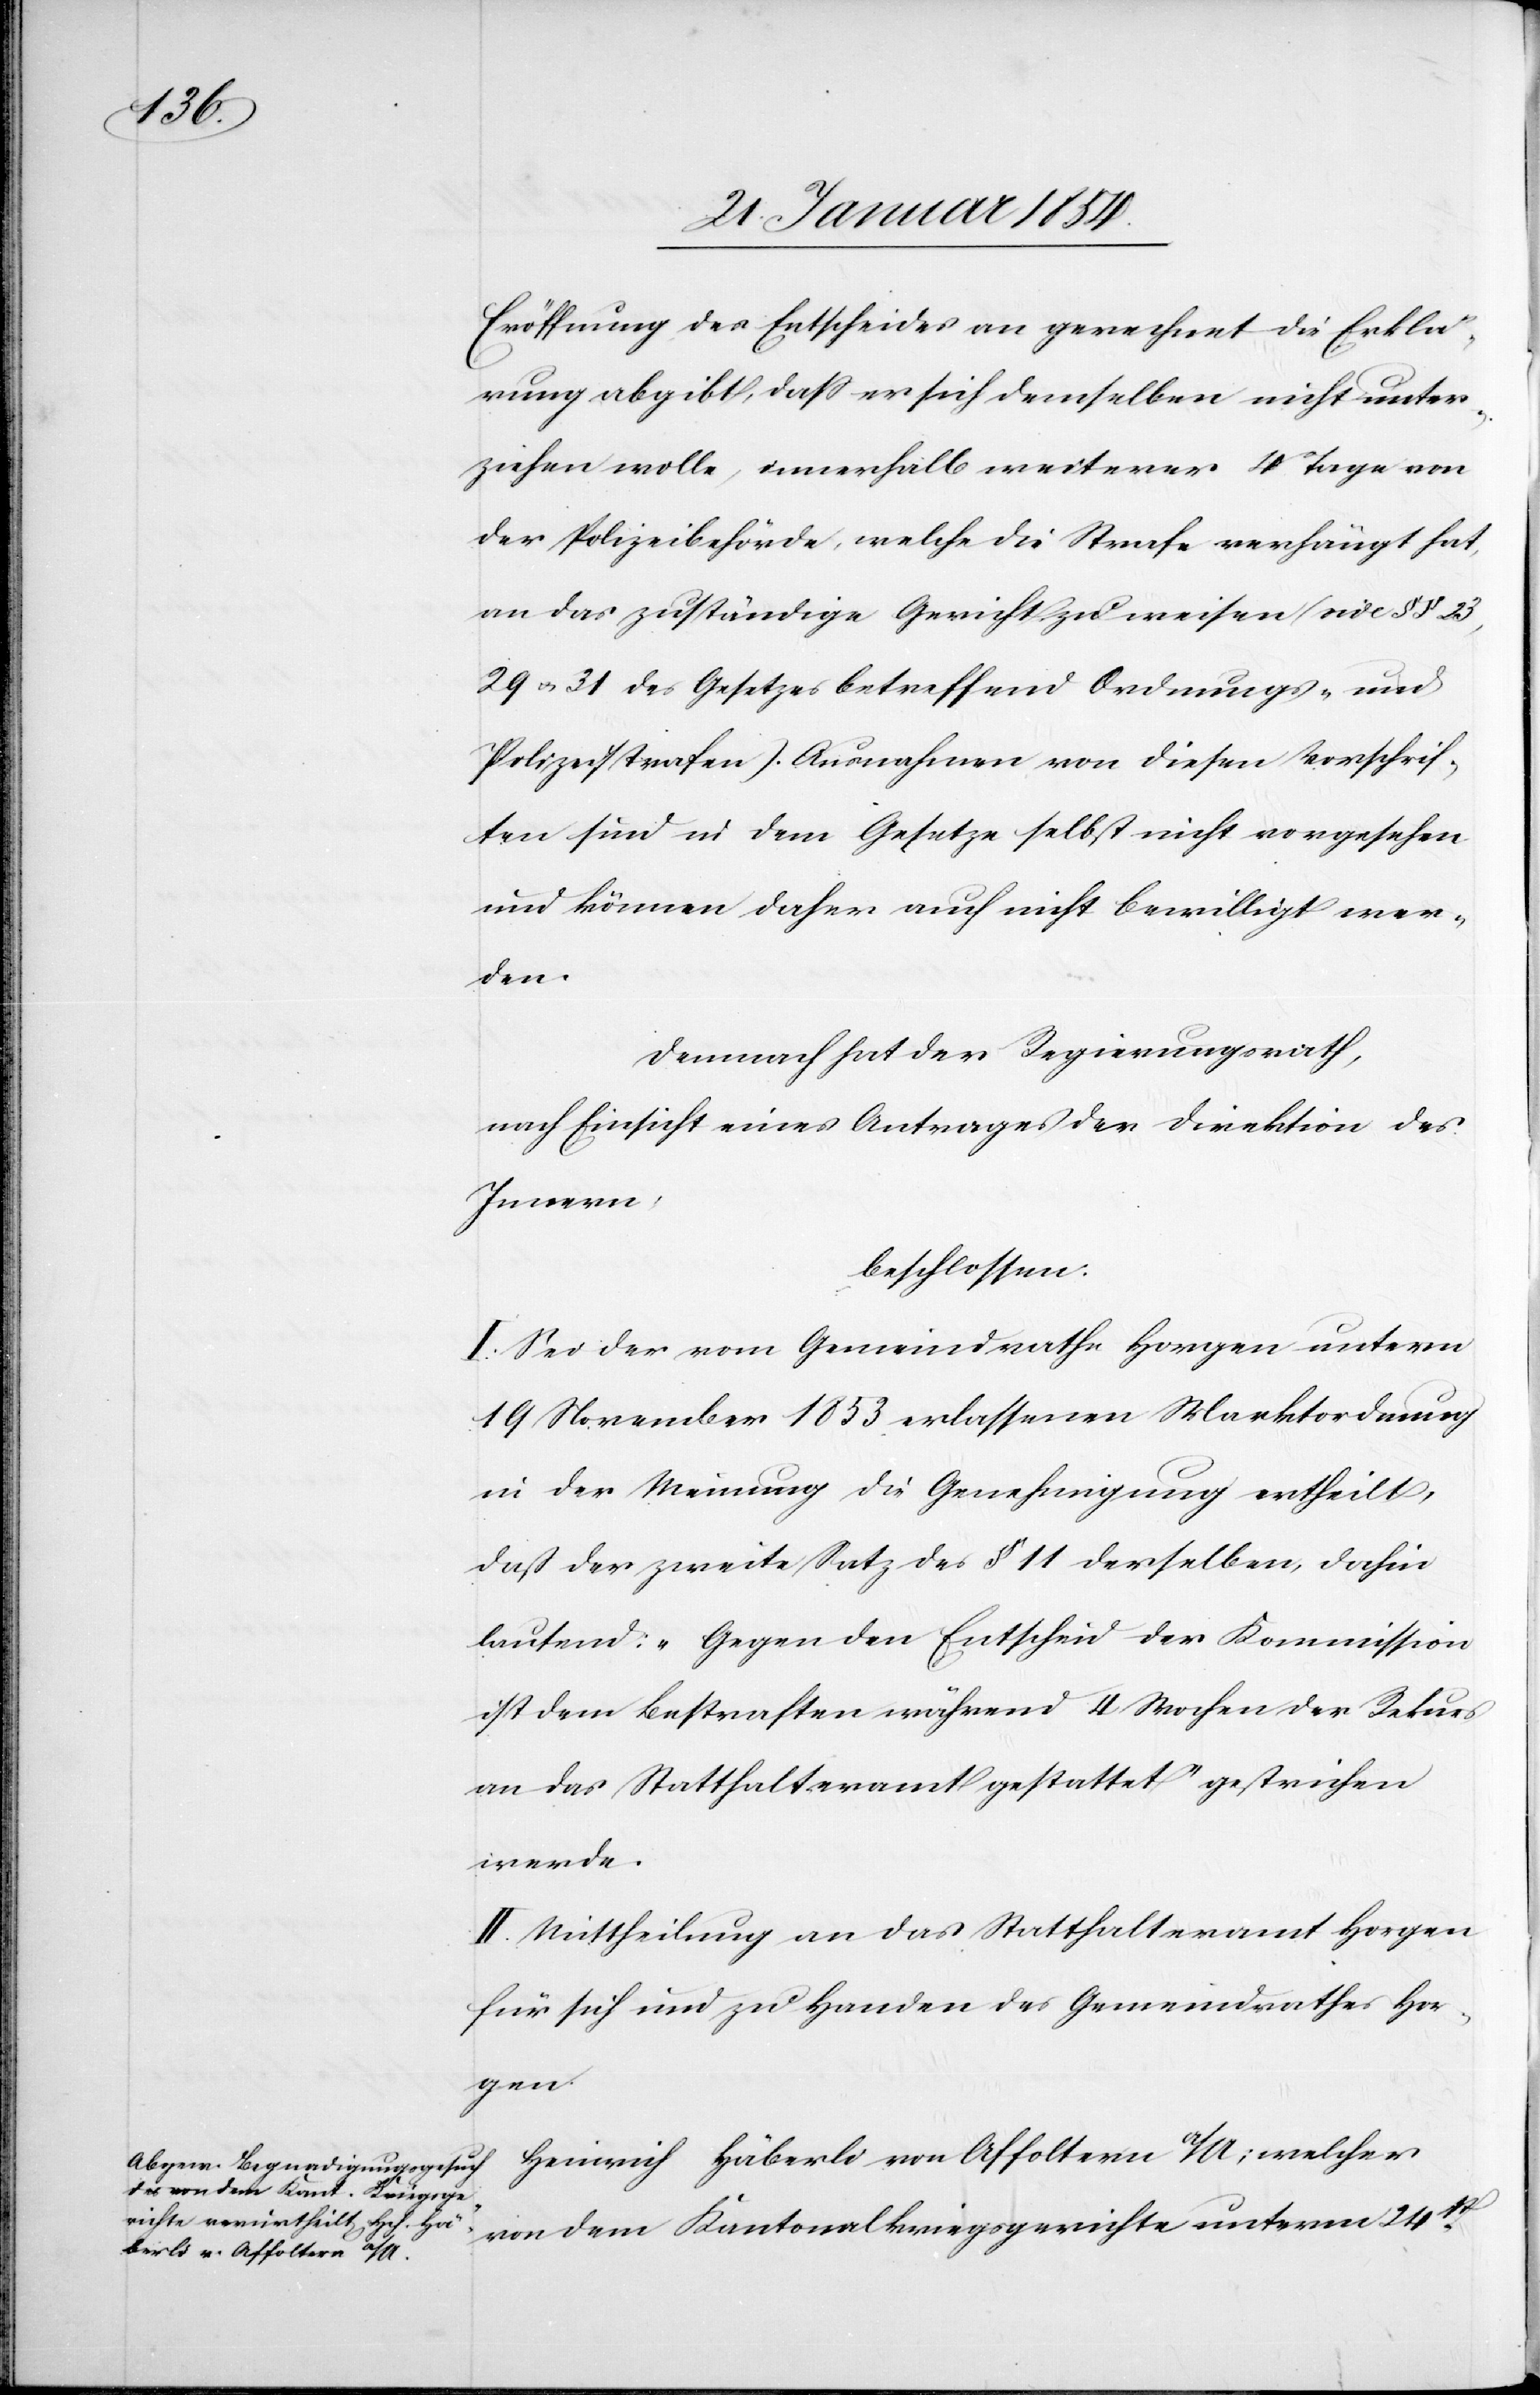
Erklä¬

rung abgibt, daß er sich demselben nicht unter¬
ziehen wolle, innerhalb weiterer 4 Tagen von
der Polizeibehörde, welche die Strafe verhängt hat,
an das zuständige Gericht zu weisen (vide § § 23,
29 u. 31 des Gesetzes betreffend Ordnungs- und
Polizeistrafen). Ausnahmen von diesen Vorschrif¬
ten sind in dem Gesetze selbst nicht vorgesehen
und können daher auch nicht bewilligt wer¬
den.
Demnach hat der Regierungsrath,
nach Einsicht eines Antrages der Direktion des
Innern,
beschlossen:
I. Sei der vom Gemeindrathe Horgen unterm
19 Hornung 1853 erlassenen Marktordnung
in der Meinung die Genehmigung ertheilt,
daß der zweite Satz des 11 derselben, dahin
lautend: „Gegen den Entscheid der Kommission
ist dem Bestraften während 4 Wochen der Rekurs
an das Statthalteramt gestattet“ gestrichen
werde.
II. Mittheilung an das Statthalteramt Horgen
für sich und zu Handen des Gemeindrathes Hor¬
gen.
Heinrich Häberli von Affoltern a/A; welcher
von dem Kantonalkriegsgerichte unterm 24t[en]